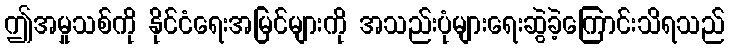
ဤအမှုသစ်ကို နိုင်ငံရေးအမြင်များကို အသည်းပုံများရေးဆွဲခဲ့ကြောင်းသိရသည်